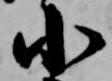
小